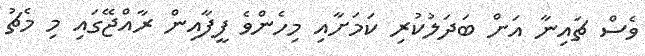
ވެސް ޗައިނާ އަށް ބަދަލުކުރި ކަމަށާއި މިހެންވެ ފީފާއިން ރާއްޖޭގައި މި މެޗު